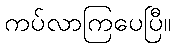
ကပ်လာကြပေပြီ။